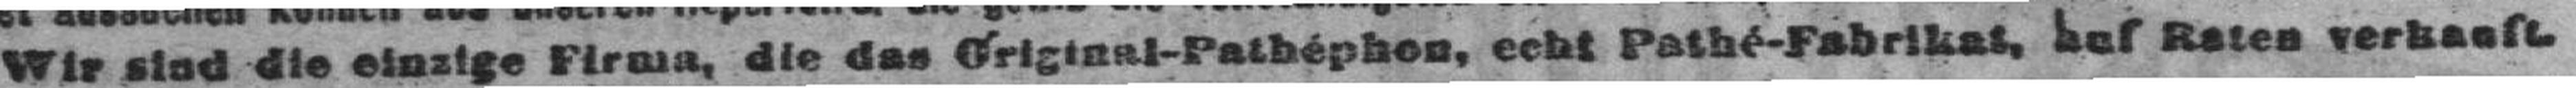
Wir sind die einzige Firma, die das Óriginal-Pathéphon, echt Pathé-Fabrikat, hus Raten verkauft.